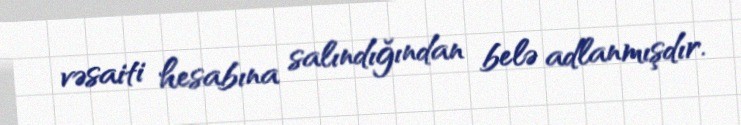
vəsaiti hesabına salındığından belə adlanmışdır.